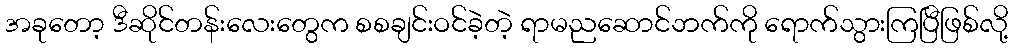
အခုတော့ ဒီဆိုင်တန်းလေးတွေက စစချင်းဝင်ခဲ့တဲ့ ရာမညဆောင်ဘက်ကို ရောက်သွားကြပြီဖြစ်လို့